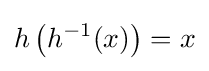
h\left(h^{-1}(x)\right)=x